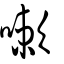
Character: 嗽